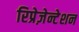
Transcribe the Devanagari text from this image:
रिप्रेज़ेन्टेशन